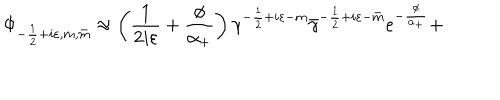
\Phi _ { - \frac 1 2 + i \varepsilon , m , \bar { m } } \approx \left( \frac 1 { 2 i \varepsilon } + \frac \phi { \alpha _ { + } } \right) \gamma ^ { - \frac 1 2 + i \varepsilon - m } \bar { \gamma } ^ { - \frac 1 2 + i \varepsilon - \bar { m } } e ^ { - \frac \phi { \alpha _ { + } } } +